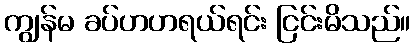
ကျွန်မ ခပ်ဟဟရယ်ရင်း ငြင်းမိသည်။